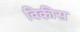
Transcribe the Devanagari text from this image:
विकीस